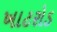
ખાટરોડ